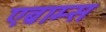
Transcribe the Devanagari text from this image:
एब्राम्‍स